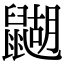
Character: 𪕱